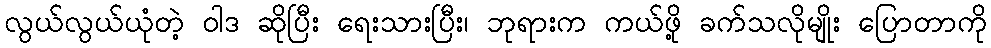
လွယ်လွယ်ယုံတဲ့ ဝါဒ ဆိုပြီး ရေးသားပြီး၊ ဘုရားက ကယ်ဖို့ ခက်သလိုမျိုး ပြောတာကို